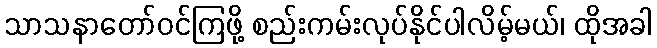
သာသနာတော်ဝင်ကြဖို့ စည်းကမ်းလုပ်နိုင်ပါလိမ့်မယ်၊ ထိုအခါ